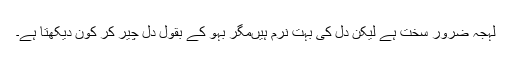
لہجہ ضرور سخت ہے لیکن دل کی بہت نرم ہیںمگر بہو کے بقول دل چیر کر کون دیکھتا ہے۔